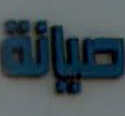
صيانة